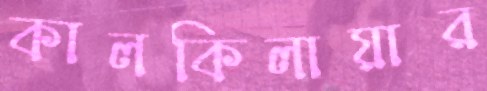
কালকিলায়ার